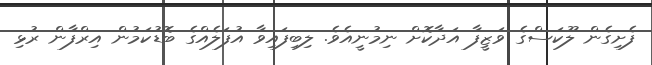
ފެށިގެން ލޫކަސްގެ ވަޒީފާ އަދާކޮށް ނިމުނީއެވެ. ލިބިފައިވާ އުފަލެއްގެ ބޮޑުކަމުން އިރްފާން ރުޅި